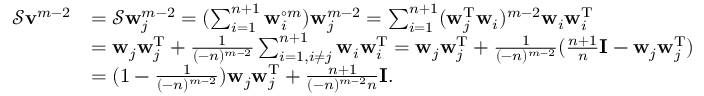
\begin{array} { r l } { \mathcal { S } \mathbf v ^ { m - 2 } } & { = \mathcal { S } \mathbf w _ { j } ^ { m - 2 } = ( \sum _ { i = 1 } ^ { n + 1 } \mathbf { w } _ { i } ^ { \circ m } ) \mathbf w _ { j } ^ { m - 2 } = \sum _ { i = 1 } ^ { n + 1 } ( \mathbf w _ { j } ^ { \mathrm T } \mathbf { w } _ { i } ) ^ { m - 2 } \mathbf { w } _ { i } \mathbf { w } _ { i } ^ { \mathrm T } } \\ & { = \mathbf { w } _ { j } \mathbf { w } _ { j } ^ { \mathrm T } + \frac { 1 } { ( - n ) ^ { m - 2 } } \sum _ { i = 1 , i \neq j } ^ { n + 1 } \mathbf { w } _ { i } \mathbf { w } _ { i } ^ { \mathrm T } = \mathbf { w } _ { j } \mathbf { w } _ { j } ^ { \mathrm T } + \frac { 1 } { ( - n ) ^ { m - 2 } } ( \frac { n + 1 } { n } \mathbf { I } - \mathbf { w } _ { j } \mathbf { w } _ { j } ^ { \mathrm T } ) } \\ & { = ( 1 - \frac { 1 } { ( - n ) ^ { m - 2 } } ) \mathbf { w } _ { j } \mathbf { w } _ { j } ^ { \mathrm T } + \frac { n + 1 } { ( - n ) ^ { m - 2 } n } \mathbf { I } . } \end{array}